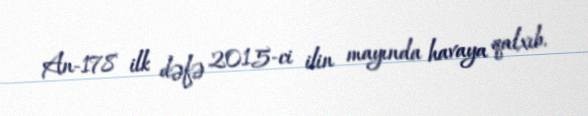
An-178 ilk dəfə 2015-ci ilin mayında havaya qalxıb.